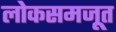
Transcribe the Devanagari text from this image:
लोकसमजूत